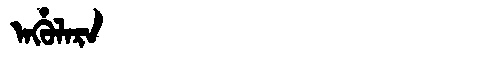
Manchu: ᠠᡥᡠᠯᠠᡵᠠ
Romanization: AHULARA